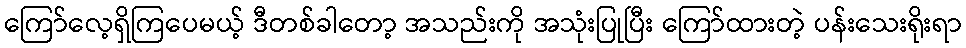
ကြော်လေ့ရှိကြပေမယ့် ဒီတစ်ခါတော့ အသည်းကို အသုံးပြုပြီး ကြော်ထားတဲ့ ပန်းသေးရိုးရာ